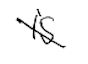
Text: is
Cross-out: diagonal
Writing tool: digital_black